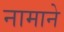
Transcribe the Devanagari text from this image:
नामाने